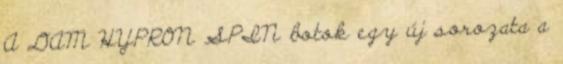
A DAM HYPRON SPIN botok egy új sorozata a